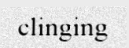
clinging